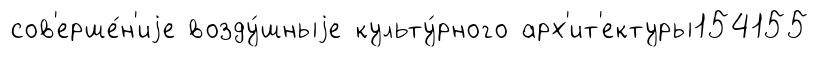
сов'ерше́н'иjе возду́шныjе культу́рного арх'ит'ектуры154155